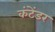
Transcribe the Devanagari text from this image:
कंटेंडर